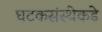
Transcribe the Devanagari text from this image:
घटकसंस्थेकडे